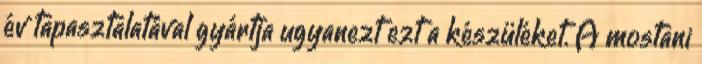
év tapasztalatával gyártja ugyanezt ezt a készüléket. A mostani